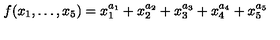
f ( x _ { 1 } , \dots , x _ { 5 } ) = x _ { 1 } ^ { a _ { 1 } } + x _ { 2 } ^ { a _ { 2 } } + x _ { 3 } ^ { a _ { 3 } } + x _ { 4 } ^ { a _ { 4 } } + x _ { 5 } ^ { a _ { 5 } }